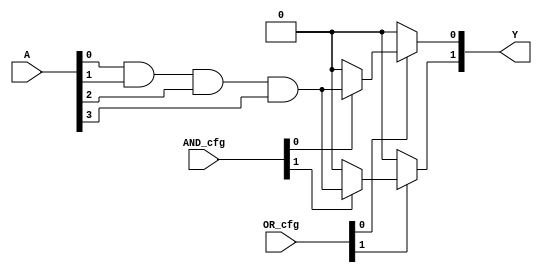
module GAL (
    input wire [N-1:0] A,      // Input signals
    input wire [M-1:0] AND_cfg, // Configuration bits for AND gates
    input wire [M-1:0] OR_cfg,  // Configuration bits for OR gates
    output wire [P-1:0] Y       // Output signals
);

parameter N = 8; // Number of input signals
parameter M = 4; // Number of AND gates
parameter P = 2; // Number of output signals

// Declare AND gates
wire [M-1:0] AND_out;

// Configurable AND gates
generate
    genvar i;
    for (i = 0; i < M; i = i + 1) begin : and_block
        assign AND_out[i] = AND_cfg[i] ? (A[0] & A[1] & A[2] & A[3]) : 1'b0;
        // Here we may expand to use more input signals based on `AND_cfg`
        // This is a simple case with fixed input wires; in a real implementation, 
        // you would have a way to configure inputs based on AND_cfg.
    end
endgenerate

// Declare OR gates
wire [P-1:0] OR_out;

// Configurable OR gates
generate
    genvar j;
    for (j = 0; j < P; j = j + 1) begin : or_block
        // OR logic determined by OR_cfg
        assign OR_out[j] = (OR_cfg[j] ? AND_out[j] : 1'b0); 
        // Here we can add more AND outputs per OR output if needed
    end
endgenerate

assign Y = OR_out; // Final output from OR gates

endmodule